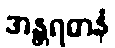
အန္တရဓာနံ